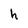
Character: h